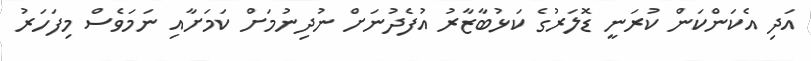
އަދި އެކަންކަން ކުރަނީ ޑޮލަރުގެ ކަޅުބާޒާރު އުފެދުނަށް ނުދިނުމަށް ކަމަށާއި ނަމަވެސް މިފަހަރު